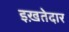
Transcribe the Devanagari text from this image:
इख़तेदार